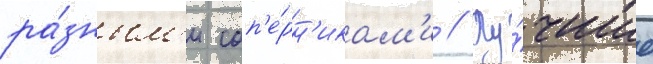
ра́зным'и соп'е́рн'икам'и // Лу́чшие